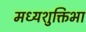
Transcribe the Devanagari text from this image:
मध्यशुक्तिभा